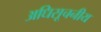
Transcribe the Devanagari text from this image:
अधिसूचनीय